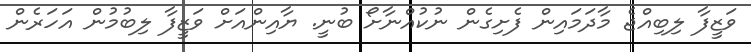
ވަޒީފާ ލިބިއްޖެ މާދަމައިން ފެށިގެން ނުކުއްނާށޯ ބުނީ. ޔާއިންއަށް ވަޒީފާ ލިބުމުން އަހަރެން